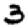
Digit: 3